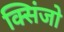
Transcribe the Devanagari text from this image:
क्सिंजो